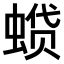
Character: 𫋌